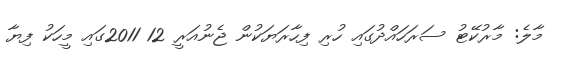
މާލެ: މާރުކޭޓު ސަރަހައްދުގައި ހުރި ފިހާރަޔަކުން ޖެނުއަރީ 12 2011ގައި މީހަކު ފިޔާ